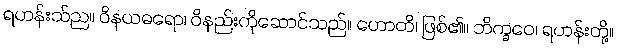
ရဟန်းသ်ည။ ဝိနယဓရော၊ ဝိနည်းကိုဆောင်သည်။ ဟောတိ၊ ဖြစ်၏။ ဘိက္ခဝေ၊ ရဟန်းတို့။